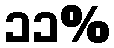
၁၁%